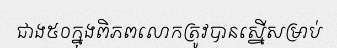
ជាង៥០ក្នុងពិភពលោកត្រូវបានស្នើសម្រាប់